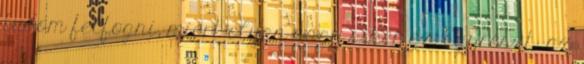
tudom felfogni, miért olyan nagy siker ez. Egyrészt: az